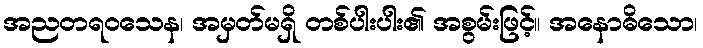
အညတရဝသေန၊ အမှတ်မရှိ တစ်ပါးပါး၏ အစွမ်းဖြင့်။ အနောဓိသော၊